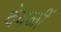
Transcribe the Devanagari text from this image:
देवळीं